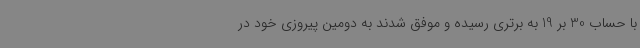
با حساب 30 بر 19 به برتری رسیده و موفق شدند به دومین پیروزی خود در